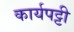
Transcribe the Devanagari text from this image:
कार्यपट्टी